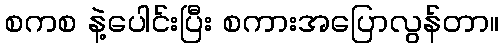
စကစ နဲ့ပေါင်းပြီး စကားအပြောလွန်တာ။